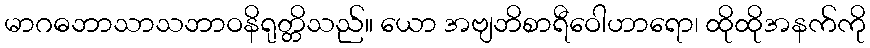
မာဂဓဘာသာသဘာဝနိရုတ္တိသည်။ ယော အဗျဘိစာရီဝေါဟာရော၊ ထိုထိုအနက်ကို